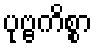
ပုဗ္ဗကိစ္စာ